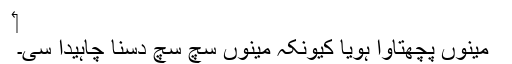
‏
مینوں پچھتاوا ہویا کیونکہ مینوں سچ سچ دسنا چاہیدا سی۔